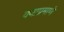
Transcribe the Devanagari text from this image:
वयाप्रमाणे